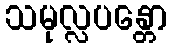
သမုလ္လပန္တော